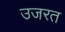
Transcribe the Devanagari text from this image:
उजरत